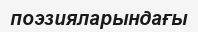
поэзияларындағы